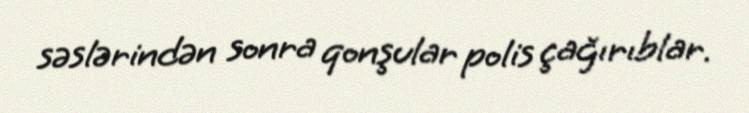
səslərindən sonra qonşular polis çağırıblar.